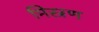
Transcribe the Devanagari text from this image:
मिस्रण